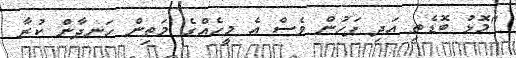
"މޮޅު ބޮޑެތި އަދި ފަހުން ވެސް އެ މީހެއްގެ މަތިން ހަނދާން ކުރާ